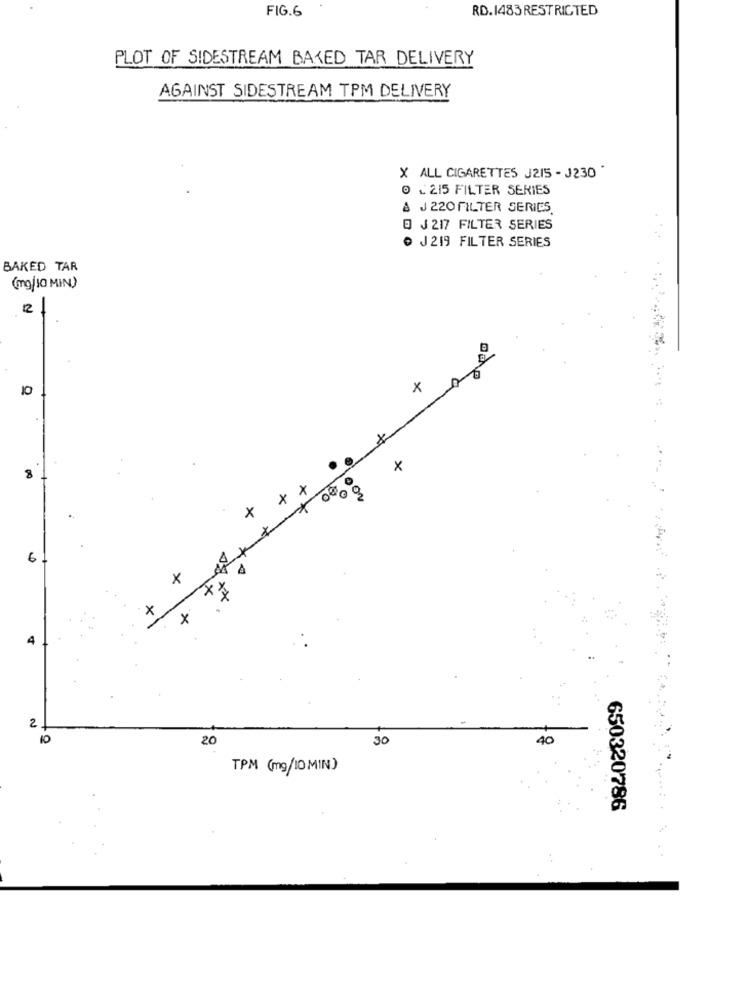
FIG. 6
RD.1483 RESTRICTED
PLOT OF SIDESTREAM BAKED TAR DELIVERY
AGAINST SIDESTREAM TPM DELIVERY
X ALL CIGARETTES J2IS - J230 *
0 - 215 FILTER SERIES
& J 220 FILTER SERIES
@ J 217 FILTER SERIES
· J219 FILTER SERIES
BAKED TAR
(mg/10 MIN)
2
x
X
x
8
X
x
x
6
X
x %
x
X
2
10
20
30
40
TPM (mg/10 MIN)
650320786